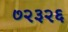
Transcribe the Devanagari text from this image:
७२३२६